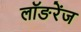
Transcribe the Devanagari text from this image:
लॉङरेंज